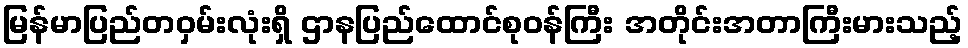
မြန်မာပြည်တဝှမ်းလုံးရှိ ဌာနပြည်ထောင်စုဝန်ကြီး အတိုင်းအတာကြီးမားသည့်